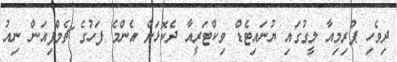
ދިވެހި ޕްރިމިއާ ލީގުގައި ޔުނައިޓެޑް ވިކްޓަރީއާ ދެކޮޅަށް އެންމެ ފަހުގެ ޗެމްޕިއަން ނިއު